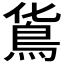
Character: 𩾹